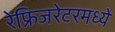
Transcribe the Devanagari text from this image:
रेफ्रिजरेटरमध्ये